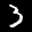
Label: 3